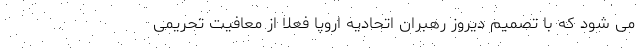
می شود که با تصمیم دیروز رهبران اتحادیه اروپا فعلا از معافیت تحریمی